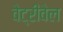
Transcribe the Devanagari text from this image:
वेट्रीवेल